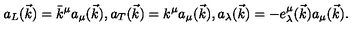
a _ { L } ( \vec { k } ) = \bar { k } ^ { \mu } a _ { \mu } ( \vec { k } ) , a _ { T } ( \vec { k } ) = k ^ { \mu } a _ { \mu } ( \vec { k } ) , a _ { \lambda } ( \vec { k } ) = - e _ { \lambda } ^ { \mu } ( \vec { k } ) a _ { \mu } ( \vec { k } ) .